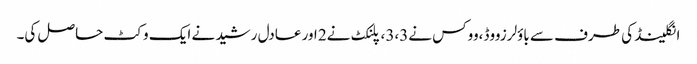
انگلینڈ کی طرف سے باؤلرزووڈ،ووکس نے3،3 ، پلنکٹ نے2 اور عادل رشید نے ایک وکٹ حاصل کی۔